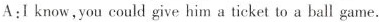
A:I know,you could give him a ticket to a ball game.